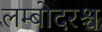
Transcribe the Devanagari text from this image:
लम्बोदरश्च